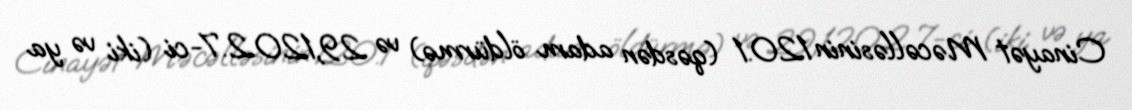
Cinayət Məcəlləsinin 120.1 (qəsdən adam öldürmə) və 29,120.2.7-ci (iki və ya